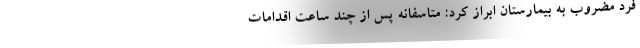
فرد مضروب به بیمارستان ابراز کرد: متاسفانه پس از چند ساعت اقدامات